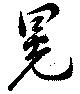
晃